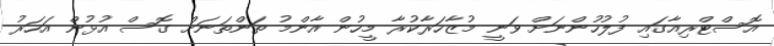
އޮސްޓްރިއާގައި ފުލުހުންނަށް ވަނީ މުޒާހަރާކުރާ މީހުން އާންމު ތަންތަނަށް ގޮސް އުޅުން އަހަރު